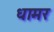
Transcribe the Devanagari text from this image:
धामर